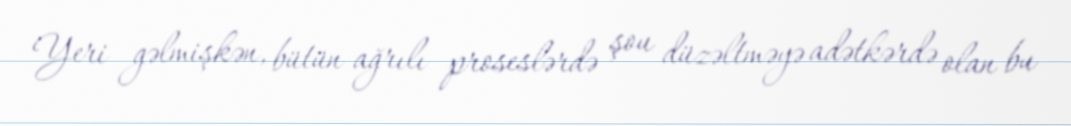
Yeri gəlmişkən, bütün ağrılı proseslərdə şou düzəltməyə adətkərdə olan bu